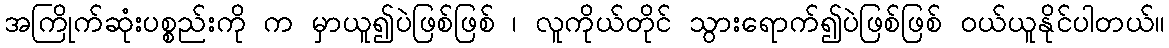
အကြိုက်ဆုံးပစ္စည်းကို က မှာယူ၍ပဲဖြစ်ဖြစ် ၊ လူကိုယ်တိုင် သွားရောက်၍ပဲဖြစ်ဖြစ် ဝယ်ယူနိုင်ပါတယ်။